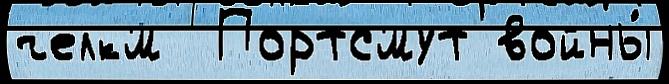
челкм  Портсмут войны́